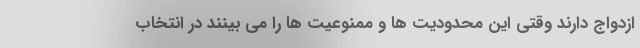
ازدواج دارند وقتی این محدودیت ها و ممنوعیت ها را می بینند در انتخاب